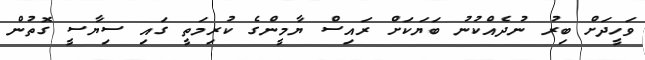
ވަހީދަށް ބިރު ނުދެއްކުނު ބަޔަކަށް ރައިސް ޔާމީންގެ ކުރިމަތީ ގައި ސިޔާސީ ގޮތުން